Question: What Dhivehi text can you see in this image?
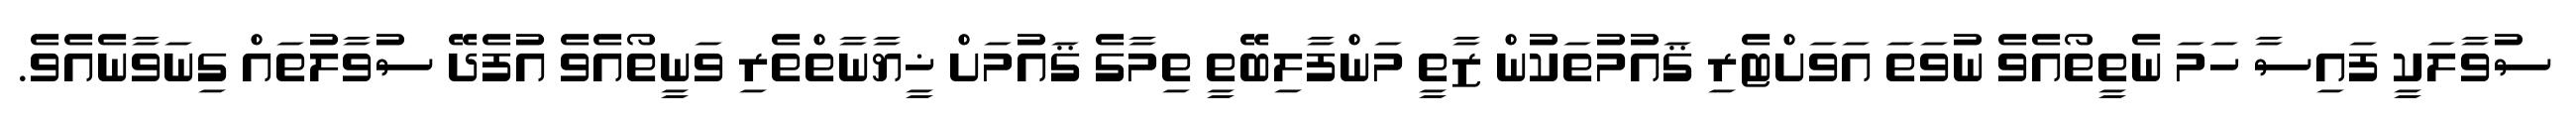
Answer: ސުވާލަކީ ފައިސާ ހަމަ ނެތީތޯއެވެ ނުވަތަ އަވަށްޓެރި ޤައުމުތަކުން ޒާތީ މަންފާލިބޭތީ ތިމާގެ ޤައުމަށް ޚީޔާނާތްތެރި ވަނީތޯއެވެ އުފެދޭ ސުވާލުތައް ގިނަވާނެއެވެ.